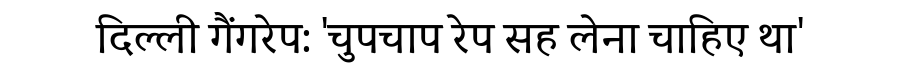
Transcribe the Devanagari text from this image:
दिल्ली गैंगरेप: 'चुपचाप रेप सह लेना चाहिए था'